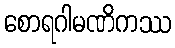
စောရဂါမဏိကဿ